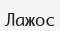
Лажос